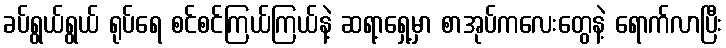
ခပ်ရွယ်ရွယ် ရုပ်ရေ စင်စင်ကြယ်ကြယ်နဲ့ ဆရာ့ရှေ့မှာ စာအုပ်ကလေးတွေနဲ့ ရောက်လာပြီး